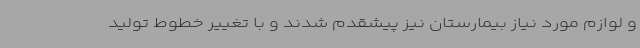
و لوازم مورد نیاز بیمارستان نیز پیشقدم شدند و با تغییر خطوط تولید